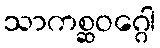
သာကစ္ဆဝဂ္ဂေါ